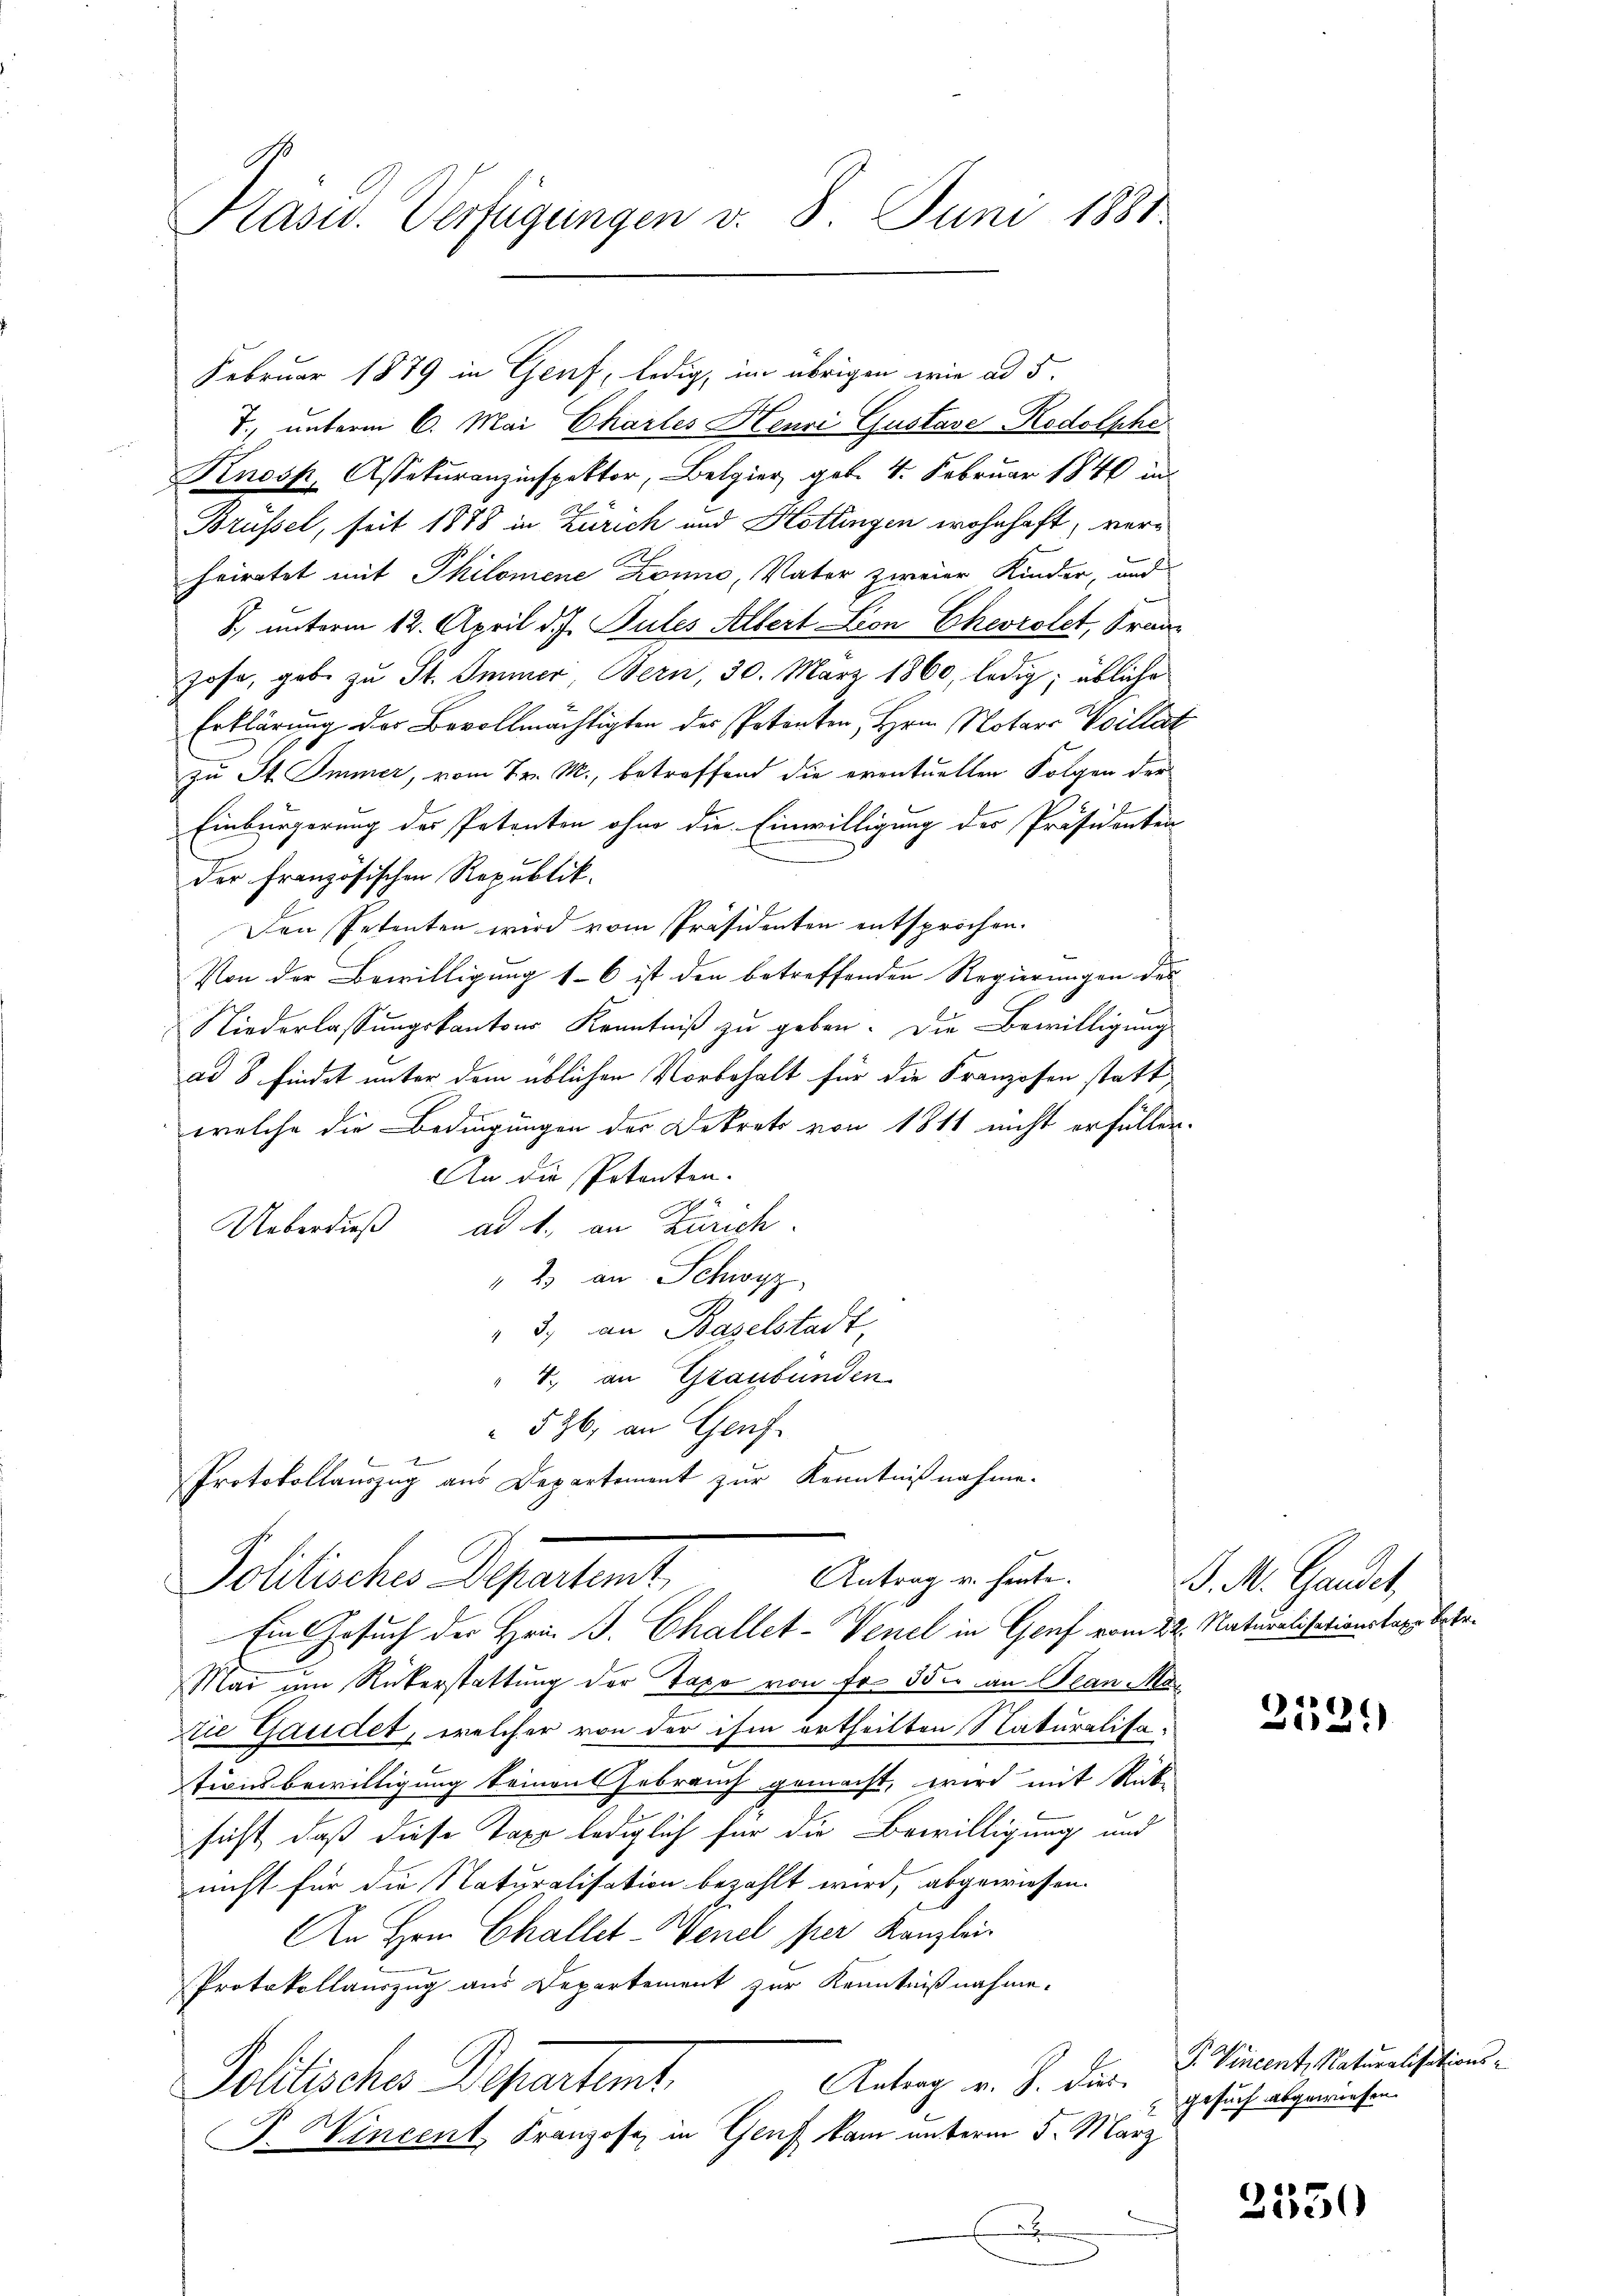
Präses Verfügungen d. 8. Juni 188

Februar 1879 in Genf, ledig, im übrigen wie ad 5.
T., unterm 6. Mai Chartes Henri Gustave Rodolphe
Knosp, Assekuranzinspektor, Belgier geb. 4. Februar 1840 in
Brüssel, seit 1888 in Zürich und Hottingen wohnhaft, verheiratet mit Philomene Zonno, Vater zweier Kinder, und
S. unterm 12. April d. J. Sules Albert Lion Chevrolet, Franhofe, gebe zu St. Immer, Bern, 30. März 1860, ledig; übliche
Erklärung der Bevollmächtigten des Petenten, Hrn. Notars Voillet
zu St. Immer, vom 7. M., betreffend die eventuellen Folgen der
Einbürgerung des Petenten ohne die Einwilligung des Präsidenten
der Französischen Republik.
Den Petenten wird vom Präsidenten entsprochen.
Von der Bewilligung 16 ist den betreffenden Regierungen des
Niederlassŭngskantons Kenntniß zu geben. Die Bewilligung
ad 8 findet unter dem üblichen Vorbehalt für die Franzosen statt
welche die Bedingungen der Dekrets von 1811 nicht erfüllen.
An die Potenten.
Ueberdieß ad 1., an Zürich.
" 2 an Schwyz
3. an Baselstadt,
4., an Graubünden
526, an Genf
e
Protokollauszug aus Departement zur Kenntnißnahme.
Antrag v. heute.
Politisches Departent,
Ein Gesuch der Hrn. J. Challet-Venel in Genf vom 22. Naturalisationstags betr.
Mai um Rükerstattung der Taxe von Fr. 350 an Jean Mar
tie Gandet, welcher von der ihm ertheilten Naturalisa-
tionsbewilligung keinen Febrauch gemacht, wird mit Rück-
f
hast, daß diese Taxe lediglich für die Bewilligung und
nicht für die Naturalisation bezahlt wird, abgewiesen.
An Hrn. Challet-Wenel per Kanzlein
Protokollauszug aus Departement zur Kenntnißnahme.
Antrag v. J. dies
Politisches Departemt.
P. Wincent Franzose, in Genf kam unterm 5. März
x

J. M. Gander,

2539)

G. Vincent, Naturalisations¬
Gesuch abgewiesen.

2550